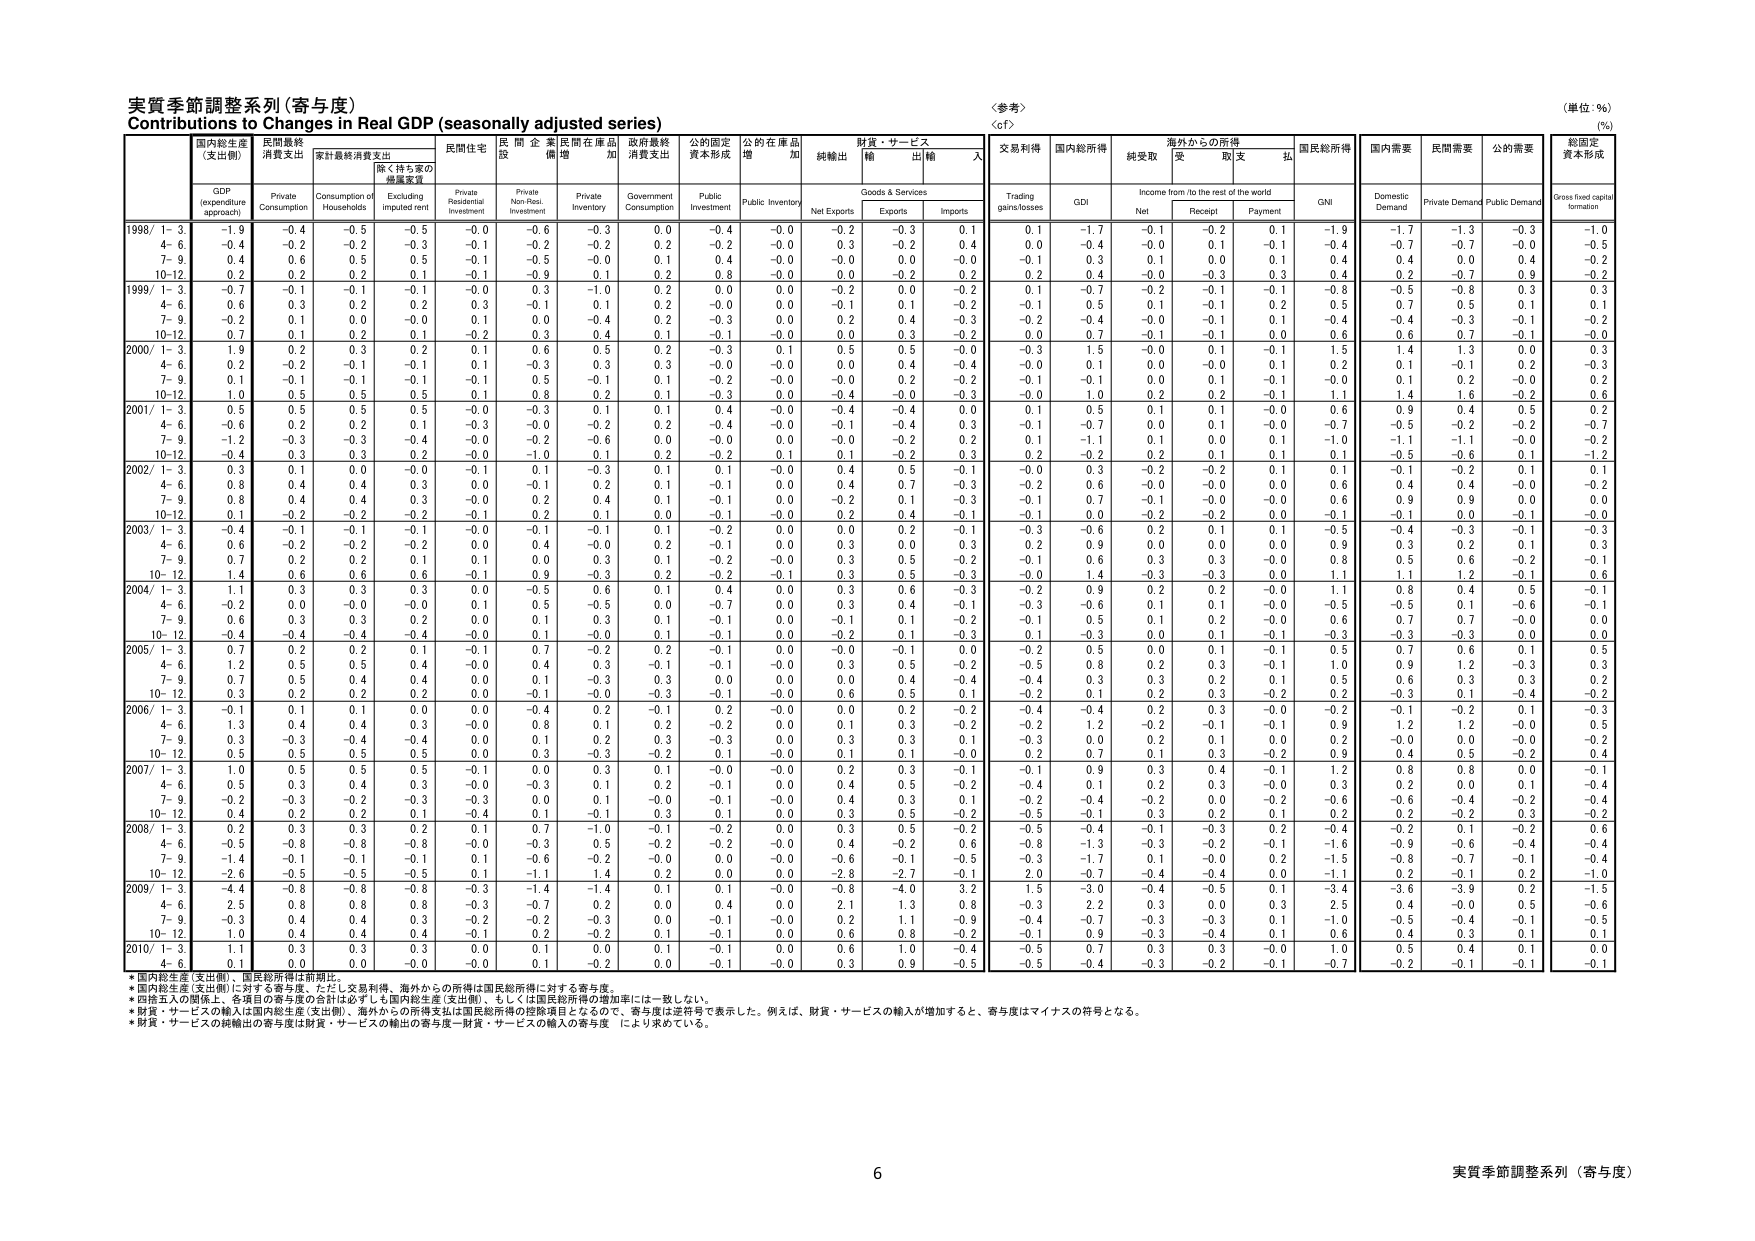
実質季節調整系列（寄与度）
Contributions to Changes in Real GDP (seasonally adjusted series)
〈参考〉
〈cf〉
（単位：%）
(%)

国内総生産
（支出側）
民間最終
消費支出
家計最終消費支出
民間住宅
民間企業
民間在庫品
政府最終
消費支出
公的固定
資本形成
公的在庫品
増加
純輸出
財貨・サービス
輸出
輸入
交易利得
国内総所得
純受取
海外からの所得
受取
支払
国民総所得
国内需要
民間需要
公的需要
総固定
資本形成

GDP
(expenditure
approach)
Private
Consumption
Consumption of
Households
Excluding
imputed rent
Private
Residential
Investment
Private
Non-Resi.
Investment
Private
Inventory
Government
Consumption
Public
Investment
Public Inventory
Net Exports
Goods & Services
Exports
Imports
Trading
gains/losses
GDI
Income from /to the rest of the world
Net
Receipt
Payment
GNI
Domestic
Demand
Private Demand
Public Demand
Gross fixed capital
formation

1998/ 1-3
-1.9
-0.4
-0.5
-0.5
-0.0
-0.6
-0.3
0.0
-0.4
-0.0
-0.2
-0.3
0.1
0.1
-1.7
-0.1
-0.2
0.1
-1.9
-1.7
-1.3
-0.3
-1.0
4-6
-0.4
-0.2
-0.2
-0.3
-0.1
-0.2
-0.2
0.2
-0.2
-0.0
0.3
-0.2
0.4
0.0
-0.4
-0.0
0.1
-0.1
-0.4
-0.7
-0.7
-0.0
-0.5
7-9
0.4
0.6
0.5
0.5
-0.1
-0.5
-0.0
0.1
0.4
-0.0
-0.0
0.0
-0.0
-0.1
0.3
0.1
0.0
0.1
0.4
0.4
0.0
0.4
-0.2
10-12
0.2
0.2
0.2
0.1
-0.1
-0.9
0.1
0.2
0.8
-0.0
0.0
-0.2
0.2
0.2
0.4
-0.0
-0.3
0.3
0.4
0.2
-0.7
0.9
-0.2

1999/ 1-3
-0.7
-0.1
-0.1
-0.1
-0.0
0.3
-1.0
0.2
0.0
0.0
-0.2
0.0
-0.2
0.1
-0.7
-0.2
-0.1
-0.1
-0.8
-0.5
-0.8
0.3
0.3
4-6
0.6
0.3
0.2
0.2
0.3
-0.1
0.1
0.2
-0.0
0.0
-0.1
0.1
-0.2
-0.1
0.5
0.1
-0.1
0.2
0.5
0.7
0.5
0.1
0.1
7-9
-0.2
0.1
0.0
-0.0
0.1
0.0
-0.4
0.2
-0.3
0.0
0.2
0.4
-0.3
-0.2
-0.4
-0.0
-0.1
0.1
-0.4
-0.4
-0.3
-0.1
-0.2
10-12
0.7
0.1
0.2
0.1
0.2
0.0
0.4
0.1
0.1
0.0
0.3
0.3
0.2
-0.3
0.7
-0.1
-0.1
0.0
0.6
0.6
0.7
0.0
0.0

2000/ 1-3
1.9
0.2
0.3
0.2
0.1
0.6
0.5
0.2
-0.3
0.1
0.5
0.3
-0.0
-0.9
1.5
-0.0
0.1
-0.1
1.5
1.4
1.3
0.0
0.3
4-6
0.2
-0.2
-0.1
-0.1
0.1
-0.3
0.3
0.3
-0.0
-0.0
0.0
0.4
-0.4
-0.0
0.1
0.0
-0.0
0.1
0.2
0.1
-0.1
0.2
-0.3
7-9
0.1
-0.1
-0.1
-0.1
-0.1
0.5
-0.1
0.1
-0.2
-0.0
-0.0
0.2
-0.2
-0.1
-0.1
0.0
0.1
-0.1
-0.0
0.1
0.2
-0.0
0.2
10-12
1.0
0.5
0.5
0.5
0.1
0.8
0.2
0.1
-0.3
0.0
-0.4
-0.0
-0.3
-0.0
1.0
0.2
0.2
-0.1
1.1
1.4
1.6
-0.2
0.6

2001/ 1-3
0.5
0.5
0.5
0.5
-0.0
-0.3
0.1
0.1
0.4
-0.0
-0.4
-0.4
0.0
0.1
0.5
0.1
0.1
-0.0
0.6
0.9
0.4
0.5
0.2
4-6
-0.6
0.2
0.2
0.1
-0.3
-0.0
-0.2
0.2
-0.4
-0.0
-0.1
-0.4
0.3
-0.1
-0.7
0.0
0.1
-0.0
-0.7
-0.5
-0.2
-0.2
-0.7
7-9
-1.2
-0.3
-0.3
-0.4
-0.0
-0.2
-0.6
0.0
-0.0
0.0
-0.0
-0.2
0.2
0.1
-1.1
0.1
0.0
0.1
-1.0
-1.1
-1.1
-0.0
-0.2
10-12
-0.4
0.3
0.3
0.2
-0.0
-1.0
0.1
0.2
-0.2
0.1
0.1
-0.2
0.3
0.2
-0.2
0.2
0.1
0.1
0.1
-0.5
-0.6
0.1
-1.2

2002/ 1-3
0.3
0.1
0.0
-0.0
-0.1
0.1
-0.3
0.1
0.1
-0.0
0.4
0.5
-0.1
-0.0
0.3
-0.2
-0.2
0.1
0.1
-0.1
-0.2
0.1
0.1
4-6
0.8
0.4
0.4
0.3
0.0
-0.1
0.2
0.1
-0.1
0.0
0.4
0.7
-0.3
-0.2
0.6
-0.0
-0.0
0.0
0.6
0.4
0.4
-0.0
-0.2
7-9
0.8
0.4
0.4
0.3
0.0
0.2
0.4
0.1
-0.1
0.0
-0.2
0.1
-0.3
-0.1
0.7
-0.1
-0.0
-0.0
0.6
0.9
0.9
0.0
0.0
10-12
0.1
-0.2
-0.2
-0.2
-0.1
0.2
0.1
0.0
-0.1
-0.0
0.2
0.4
-0.1
-0.1
0.0
-0.2
-0.2
0.0
-0.1
-0.1
0.0
-0.1
-0.0

2003/ 1-3
-0.4
-0.1
-0.1
-0.1
-0.0
-0.1
-0.1
0.1
-0.2
0.0
0.0
0.2
-0.1
-0.3
-0.6
0.2
0.1
0.1
-0.5
-0.4
-0.3
-0.1
-0.3
4-6
0.6
-0.2
-0.2
-0.2
0.0
0.4
-0.0
0.2
-0.1
0.0
0.3
0.0
0.3
0.2
0.9
0.0
0.0
0.0
0.9
0.3
0.2
0.1
0.3
7-9
0.7
0.2
0.2
0.1
0.1
0.0
0.3
0.1
-0.2
-0.0
0.3
0.5
-0.2
-0.1
0.6
0.3
0.3
-0.0
0.8
0.5
0.6
-0.2
-0.1
10-12
1.4
0.6
0.6
0.6
-0.1
0.9
-0.3
0.2
-0.2
-0.1
0.3
0.5
-0.3
-0.0
1.4
-0.3
-0.3
0.0
1.1
1.1
1.2
-0.1
0.6

2004/ 1-3
1.1
0.3
0.3
0.3
0.0
-0.5
0.6
0.1
0.4
0.0
0.3
0.6
-0.3
-0.2
0.9
0.2
0.2
-0.0
1.1
0.8
0.4
0.5
-0.1
4-6
-0.2
0.0
-0.0
-0.0
0.1
0.5
-0.5
0.0
-0.7
0.0
0.3
0.4
-0.1
-0.3
-0.6
0.1
0.1
-0.0
-0.5
-0.5
0.1
-0.6
-0.1
7-9
0.6
0.3
0.3
0.2
0.0
0.0
0.3
0.1
-0.1
0.0
-0.1
0.1
-0.2
-0.1
0.5
0.1
0.2
-0.0
0.6
0.7
0.7
-0.0
0.0
10-12
-0.4
-0.4
-0.4
-0.4
-0.0
0.1
-0.0
0.1
-0.1
0.0
-0.2
0.1
-0.3
0.1
-0.3
0.0
0.1
-0.1
-0.3
-0.3
-0.3
0.0
0.0

2005/ 1-3
0.7
0.2
0.2
0.1
-0.1
0.7
-0.2
0.2
-0.1
0.0
-0.0
-0.1
0.0
-0.2
0.5
0.0
0.1
-0.1
0.5
0.7
0.6
0.1
0.5
4-6
1.2
0.5
0.5
0.4
-0.0
0.4
0.3
-0.1
-0.1
-0.0
0.3
0.5
-0.2
-0.5
0.8
0.2
0.3
-0.1
1.0
0.9
1.2
-0.3
0.3
7-9
0.7
0.5
0.4
0.4
0.0
0.1
-0.3
0.3
0.0
0.0
0.0
0.4
-0.4
-0.4
0.3
0.3
0.2
0.1
0.5
0.6
0.3
0.3
0.2
10-12
0.3
0.2
0.2
0.2
0.0
-0.1
-0.0
-0.3
-0.1
-0.0
0.6
0.5
0.1
-0.2
0.1
0.2
0.3
-0.2
0.2
-0.3
0.1
-0.4
-0.2

2006/ 1-3
-0.1
0.1
0.1
0.0
0.0
-0.4
0.2
-0.1
0.2
-0.0
0.0
0.2
-0.2
-0.4
-0.4
0.2
0.3
-0.0
-0.2
-0.1
-0.2
0.1
-0.3
4-6
1.3
0.4
0.4
0.3
-0.0
0.8
0.1
0.2
-0.2
0.0
0.1
0.3
-0.2
-0.2
1.2
-0.2
-0.1
-0.1
0.9
1.2
1.2
-0.0
0.5
7-9
0.3
-0.3
-0.4
-0.4
0.0
0.1
0.2
0.3
-0.3
0.0
0.3
0.3
0.1
-0.3
0.0
0.2
0.1
0.0
0.2
-0.0
0.0
-0.0
-0.2
10-12
0.5
0.5
0.5
0.5
0.0
0.3
-0.3
-0.2
0.1
-0.0
0.1
0.1
-0.0
0.2
0.7
0.1
0.3
-0.2
0.9
0.4
0.5
-0.2
0.4

2007/ 1-3
1.0
0.5
0.5
0.5
-0.1
0.0
0.3
0.1
-0.0
-0.0
0.2
0.3
-0.1
-0.1
0.9
0.3
0.4
-0.1
1.2
0.8
0.8
0.0
-0.1
4-6
0.5
0.3
0.4
0.3
-0.0
-0.3
0.1
0.2
-0.1
0.0
0.4
0.5
-0.2
-0.4
0.1
0.2
0.3
-0.0
0.3
0.2
0.0
0.1
-0.4
7-9
-0.2
-0.3
-0.2
-0.3
-0.3
0.0
0.1
-0.0
-0.1
-0.0
0.4
0.3
0.1
-0.2
-0.4
-0.2
0.0
-0.2
-0.6
-0.6
-0.4
-0.2
-0.4
10-12
0.4
0.2
0.2
0.1
-0.4
0.1
-0.1
0.3
0.1
0.0
0.3
0.5
-0.2
-0.5
-0.1
0.3
0.2
0.1
0.2
0.2
-0.2
0.3
-0.2

2008/ 1-3
0.2
0.3
0.3
0.2
0.1
0.7
-1.0
-0.1
-0.2
0.0
0.3
0.5
-0.2
-0.5
-0.4
-0.1
-0.3
0.2
-0.4
-0.2
0.1
-0.2
0.6
4-6
-0.5
-0.8
-0.8
-0.8
-0.0
-0.3
0.5
-0.2
-0.2
-0.0
0.4
-0.2
0.6
-0.8
-1.3
-0.3
-0.2
-0.1
-1.6
-0.9
-0.6
-0.4
-0.4
7-9
-1.4
-0.1
-0.1
-0.1
0.1
-0.6
-0.2
-0.0
0.0
-0.0
-0.6
-0.1
-0.5
-0.3
-1.7
0.1
-0.0
0.2
-1.5
-0.8
-0.7
-0.1
-0.4
10-12
-2.6
-0.5
-0.5
-0.5
0.1
-1.1
1.4
0.2
0.0
0.0
-2.8
-2.7
-0.1
2.0
-0.7
-0.4
-0.4
0.0
-1.1
0.2
-0.1
0.2
-1.0

2009/ 1-3
-4.4
-0.8
-0.8
-0.8
-0.3
-1.4
-1.4
0.1
0.1
-0.0
-0.8
-4.0
3.2
1.5
-3.0
-0.4
-0.5
0.1
-3.4
-3.6
-3.9
0.2
-1.5
4-6
-2.5
0.8
0.8
0.8
-0.3
-0.7
0.2
0.0
0.4
0.0
2.1
1.3
0.8
-0.3
2.2
0.3
0.0
0.3
2.5
0.4
-0.0
0.5
-0.6
7-9
-0.3
0.4
0.4
0.3
-0.2
-0.2
-0.3
0.0
-0.1
-0.0
0.2
1.1
-0.9
-0.4
-0.7
-0.3
-0.3
0.1
-1.0
-0.5
-0.4
-0.1
-0.5
10-12
1.0
0.4
0.4
0.4
-0.1
0.2
-0.2
0.1
-0.1
0.0
0.6
0.8
-0.2
-0.1
0.9
-0.3
-0.4
0.1
0.6
0.4
0.3
0.1
0.1

2010/ 1-3
1.1
0.3
0.3
0.3
0.0
0.1
0.0
0.1
-0.1
0.0
0.6
1.0
-0.4
-0.5
0.7
0.3
0.3
-0.0
1.0
0.5
0.4
0.1
0.0
4-6
0.1
0.0
0.0
-0.0
-0.0
-0.2
0.0
0.0
-0.1
-0.0
0.3
0.9
-0.5
-0.5
-0.4
-0.3
-0.2
-0.1
-0.7
-0.2
-0.1
-0.1
-0.1

*国内総生産（支出側）、国民総所得は前期比。
*国内総生産（支出側）に対する寄与度、ただし交易利得、海外からの所得は国民総所得に対する寄与度。
*四捨五入の関係上、各項目の寄与度の合計は必ずしも国内総生産（支出側）、もしくは国民総所得の増加率には一致しない。
*財貨・サービスの輸入は国内総生産（支出側）、海外からの所得支払は国民総所得の控除項目となるので、寄与度は逆符号で表示した。例えば、財貨・サービスの輸入が増加すると、寄与度はマイナスの符号となる。
*財貨・サービスの純輸出の寄与度は財貨・サービスの輸出の寄与度－財貨・サービスの輸入の寄与度 により求めている。

6
実質季節調整系列（寄与度）